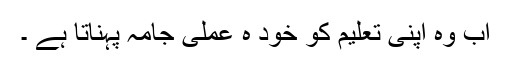
اب وہ اپنی تعلیم کو خود ہ عملی جامہ پہناتا ہے ۔